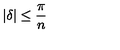
| \delta | \leq \frac { \pi } { n }